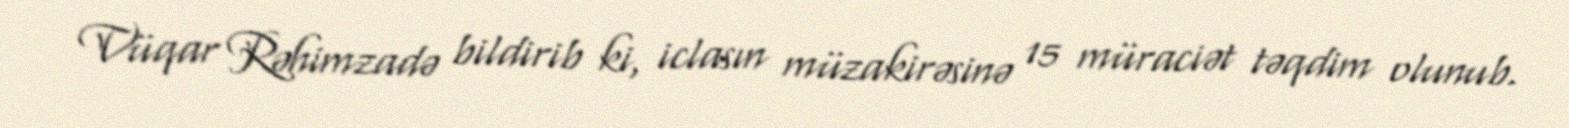
Vüqar Rəhimzadə bildirib ki, iclasın müzakirəsinə 15 müraciət təqdim olunub.